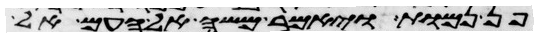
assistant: פן נמות ויאמר משה אל העם אל